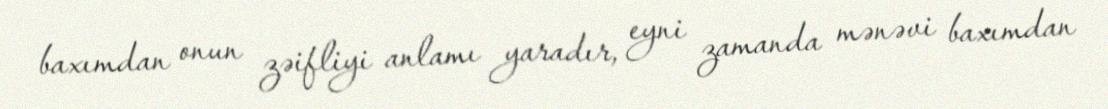
baxımdan onun zəifliyi anlamı yaradır, eyni zamanda mənəvi baxımdan